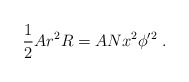
\begin{align*}\frac{1}{2} A r^2 R = A N x^2 \phi'^2\ .\end{align*}